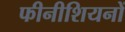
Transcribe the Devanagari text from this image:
फीनीशियनों